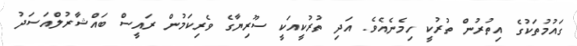
ގައުމުތަކުގެ އިތުރުން ތުރުކީ ހިމެނެއެވެ. އަދި ތުރުކީއަކީ ސޫރިޔާގެ ވެރިކަމުން ރައީސް ބައްޝާރުލްއަސަދު